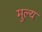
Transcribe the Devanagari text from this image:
मुल्‍य